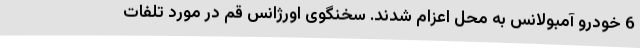
6 خودرو آمبولانس به محل اعزام شدند. سخنگوی اورژانس قم در مورد تلفات